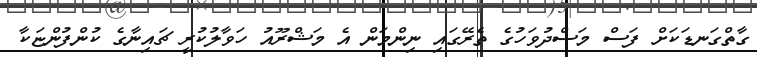
ގާތްގަނޑަކަށް ފަސް މަސްދުވަހުގެ ތެރޭގައި ނިންމަން އެ މަޝްރޫއު ހަވާލުކުރީ ޗައިނާގެ ކުންފުންޏަކާ